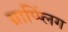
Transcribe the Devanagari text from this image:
ग्राप्प्लिंग